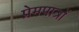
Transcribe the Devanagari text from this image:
प्रेमपात्रों